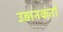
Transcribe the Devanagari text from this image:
उड़ानकर्ता